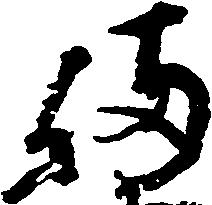
備